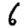
Digit: 6